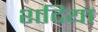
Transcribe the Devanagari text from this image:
शदिया